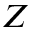
Z